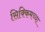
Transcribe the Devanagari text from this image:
सिक्किमच्या